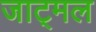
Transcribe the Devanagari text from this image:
जाट्मल